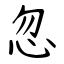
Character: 忽